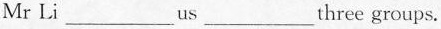
Mr Li ___ us ___ three groups.